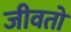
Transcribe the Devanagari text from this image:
जीवतो